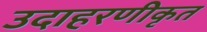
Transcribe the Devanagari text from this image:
उदाहरणीकृत